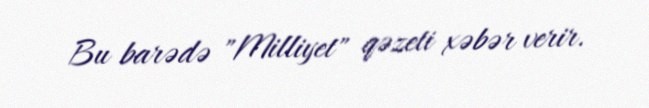
Bu barədə "Milliyet" qəzeti xəbər verir.